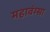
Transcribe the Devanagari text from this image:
महावंग्सा